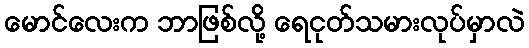
မောင်လေးက ဘာဖြစ်လို့ ရေငုတ်သမားလုပ်မှာလဲ